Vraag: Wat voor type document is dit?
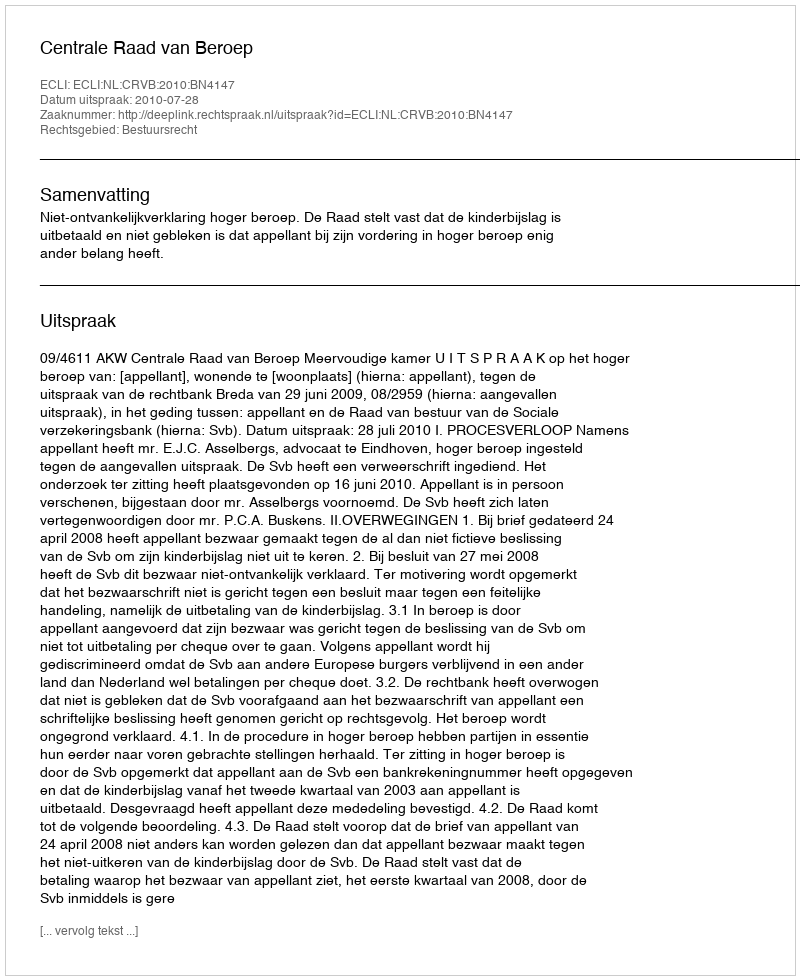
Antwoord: Uitspraak